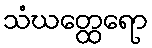
သံဃတ္ထေရော